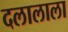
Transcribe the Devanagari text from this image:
दलालाला